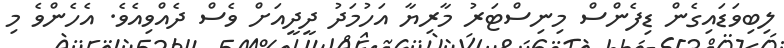
ލިބިވަޑައިގެން ޑިފެންސް މިނިސްޓަރު މާރިޔާ އަހުމަދު ދީދީއަށް ވެސް ދެއްވިއެވެ. އެހެންވެ މި